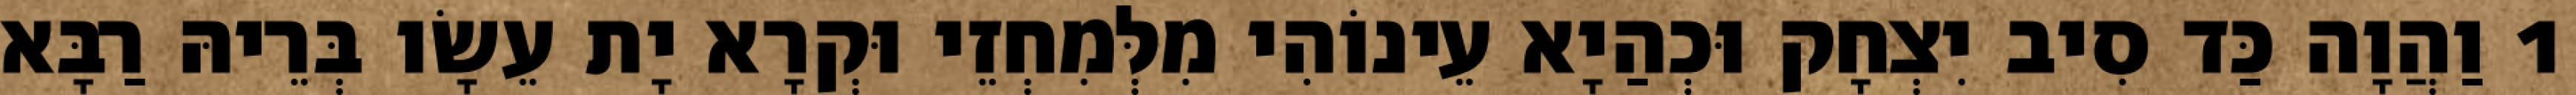
1 וַהֲוָה כַּד סִיב יִצְחָק וּכְהַיָא עֵינוֹהִי מִלְּמִחְזֵי וּקְרָא יָת עֵשָׂו בְּרֵיהּ רַבָּא